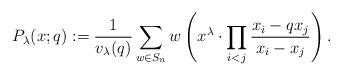
LaTeX: \begin{align*}P_\lambda(x;q) := \frac{1}{v_\lambda(q)} \sum \limits_{w \in S_n} w\left(x^\lambda \cdot \prod \limits_{i<j}\frac{x_i - qx_j}{x_i-x_j}\right).\end{align*}